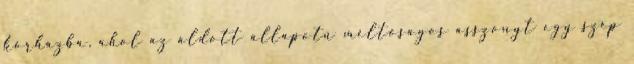
kórházba, ahol az áldott állapotú méltóságos asszonyt egy szép